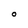
Character: O